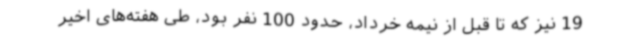
19 نیز که تا قبل از نیمه خرداد، حدود 100 نفر بود، طی هفته‌های اخیر